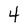
Character: 4